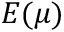
\mathpalette { E } ( \mu )